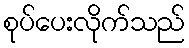
စုပ်ပေးလိုက်သည်